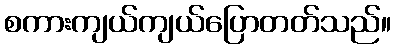
စကားကျယ်ကျယ်ပြောတတ်သည်။